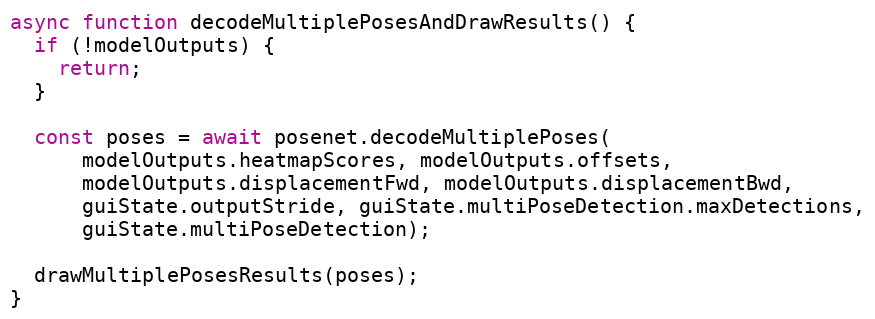
Language: JavaScript
async function decodeMultiplePosesAndDrawResults() {
  if (!modelOutputs) {
    return;
  }

  const poses = await posenet.decodeMultiplePoses(
      modelOutputs.heatmapScores, modelOutputs.offsets,
      modelOutputs.displacementFwd, modelOutputs.displacementBwd,
      guiState.outputStride, guiState.multiPoseDetection.maxDetections,
      guiState.multiPoseDetection);

  drawMultiplePosesResults(poses);
}